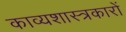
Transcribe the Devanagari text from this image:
काव्यशास्त्रकारों